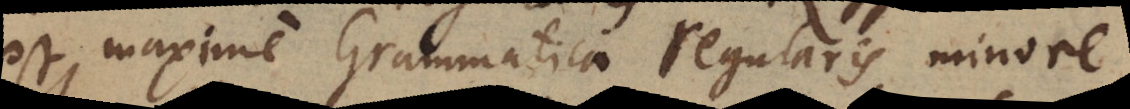
est maxime Grammatica regularis minore